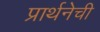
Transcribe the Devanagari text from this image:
प्रार्थनेची